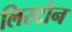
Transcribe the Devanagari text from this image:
लिस्टोन